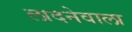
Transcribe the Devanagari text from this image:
लादनेवाला